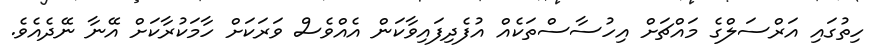
ހިތުގައި އަރްސަލްގެ މައްޗަށް އިހުސާސްތަކެއް އުފެދިފައިވާކަން އެއްވެސް ވަރަކަށް ހާމަކުރާކަށް އޭނާ ނޭދެއެވެ.